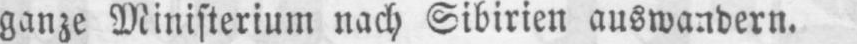
ganze Ministerium nach Sibirien auswandern.